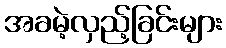
အခမဲ့လှည့်ခြင်းများ